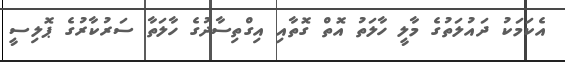
އެކަމަކު ދައުލަތުގެ މާލީ ހާލަތު އޮތް ގޮތާއި އިގްތިސާދުގެ ހާލަތާ ސަރުކާރުގެ ޕޮލިސީ